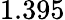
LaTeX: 1.395